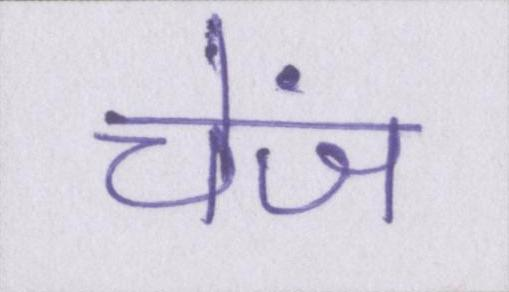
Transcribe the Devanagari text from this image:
चेंज